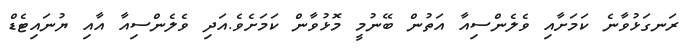
ރަނގަޅުވާނެ ކަމަށާއި ވެލެންސިއާ އަތުން ބޭނުމީ މޮޅުވާން ކަމަށެވެ.އަދި ވެލެންސިއާ އާއި ޔުނައިޓެޑް